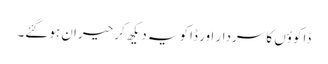
ڈاکوؤں کا سردار اور ڈاکو یہ دیکھ کر حیران ہوگئے۔